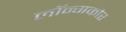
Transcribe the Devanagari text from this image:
लॉन्गकोर